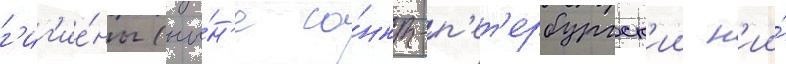
г'иг'ие́ны (ны́н'е са́нкт-п'ет'ербургск'ии н'ии́